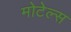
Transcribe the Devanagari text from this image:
मोटेल्स